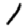
Digit: 1